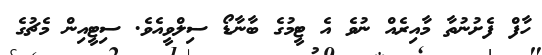
ހާފް ފެށުނުތާ މާއިރެއް ނުވެ އެ ޓީމުގެ ބާނާޑޯ ސިލްވީއެވެ. ސިޓީއިން މެޗުގެ